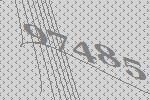
97485